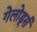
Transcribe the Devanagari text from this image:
गेलोर्ड्स